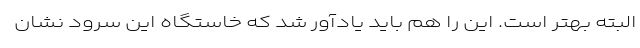
البته بهتر است. این را هم باید یادآور شد که خاستگاه این سرود نشان